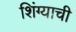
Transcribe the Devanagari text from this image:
शिंग्याची